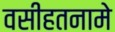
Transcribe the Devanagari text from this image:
वसीहतनामे